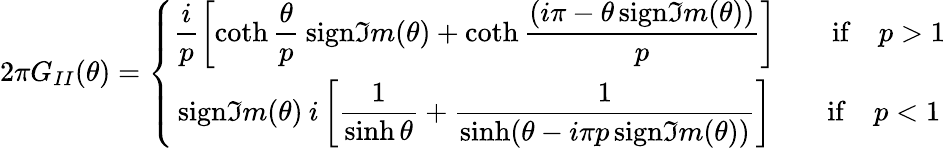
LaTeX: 2\pi G_{II}(\theta)=\left\{ \begin{array}{c}{{\displaystyle\displaystyle\frac{i}{p}\left[\coth\displaystyle\frac{\theta}{p}\: \mathrm{sign}\Im m(\theta)+\coth\displaystyle\frac{(i\pi-\theta\, \mathrm{sign}\Im m(\theta))}{p}\right]\qquad\mathrm{if}\quad p>1}}\\ {{\mathrm{sign}\Im m(\theta)\: i\left[\displaystyle\frac{1}{\sinh\theta}+\displaystyle\frac{1}{\sinh(\theta-i\pi p\, \mathrm{sign}\Im m(\theta))}\right]\qquad\mathrm{if}\quad p<1}}\end{array}\right.